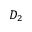
D _ { 2 }